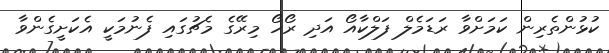
ކުޅުންތެރިން ކަމަށްވާ ރަޑަމެލް ފަލްކާއޯ އަދި ރޯހޯ މިރޭގެ މެޗުގައި ފެނުމަކީ އެކަށީގެންވާ